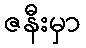
ဇနီးမှာ